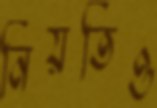
নিয়তিও